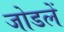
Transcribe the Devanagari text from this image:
जोडलें